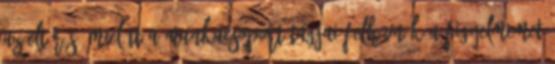
az eltérés. Mielőtt a munkacsoport tagjai felhívnák a figyelmemet